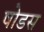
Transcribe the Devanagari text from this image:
षोडस